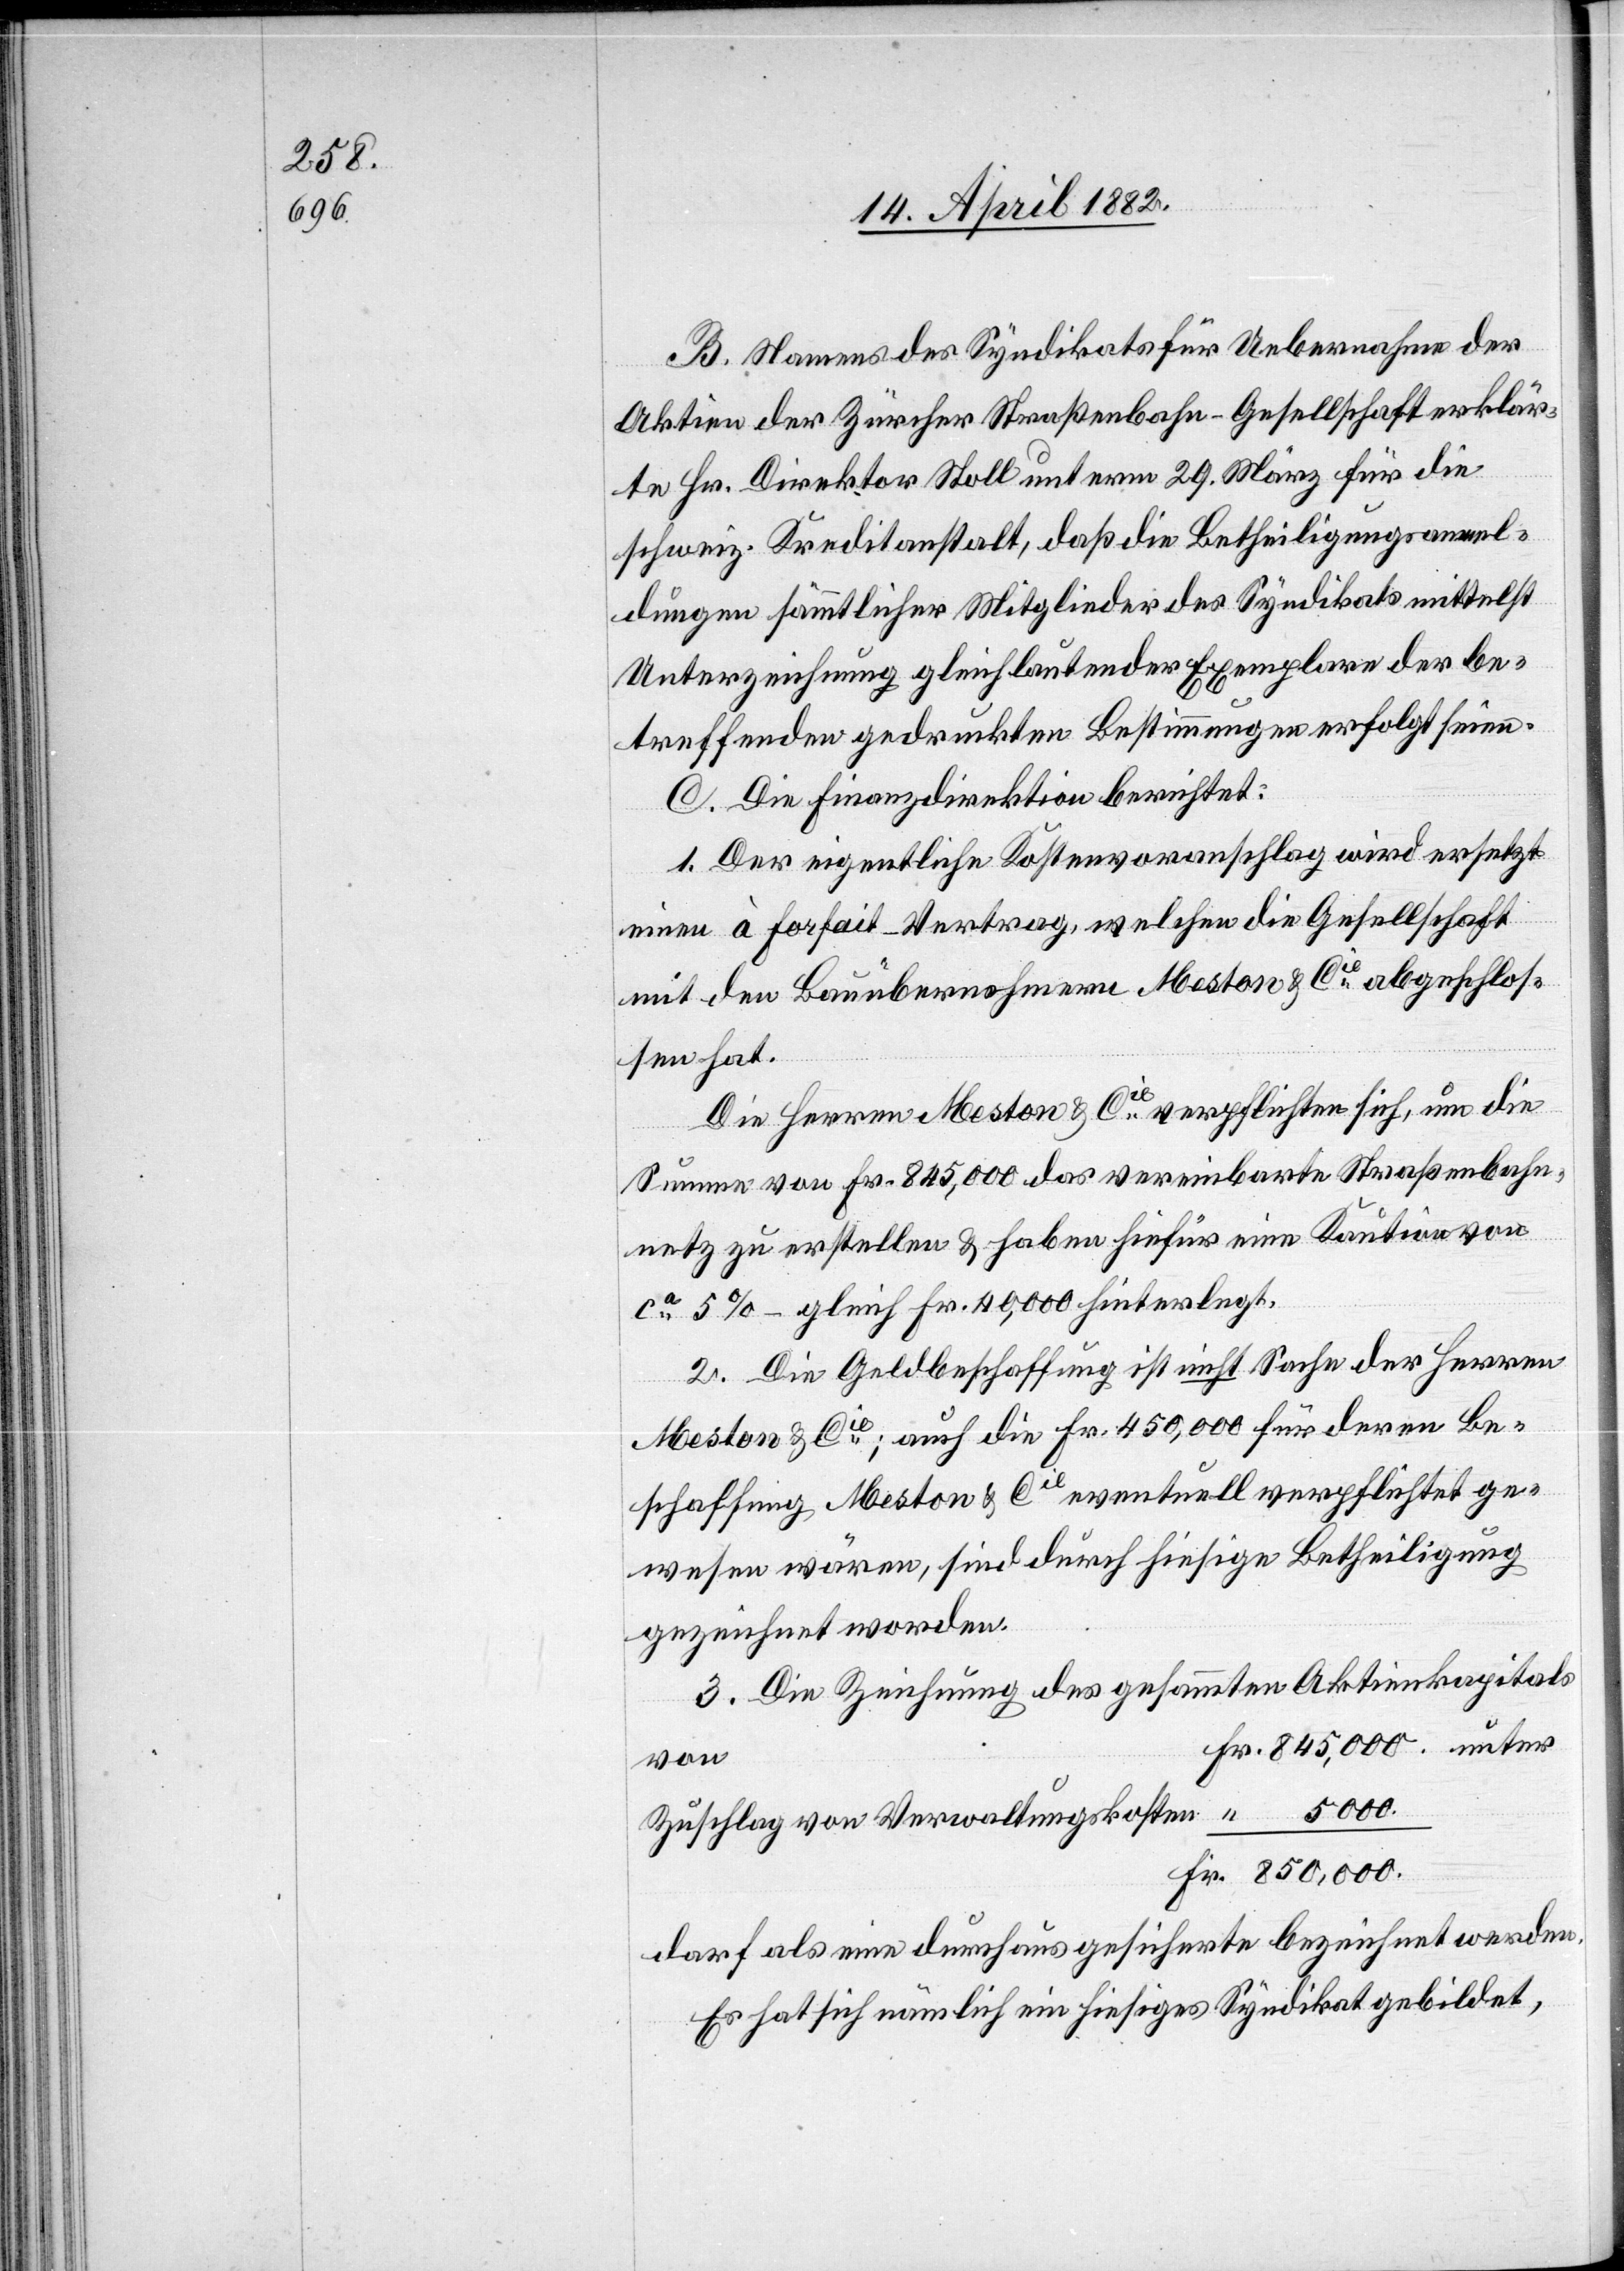
B. Namens des Syndikats für Uebernahme der
Aktien der Zürcher Straßenbahn-Gesellschaft erklär¬
te Hr. Direktor Stoll unterm 29. März für die
schweiz. Kreditanstalt, daß die Betheiligungsanmel¬
dungen sämmtlicher Mitglieder des Syndikats mittelst
Unterzeichnung gleichlautender Exemplare der be¬
treffenden gedruckten Bestimmungen erfolgt seien.
C. Die Finanzdirektion berichtet:
1. Der eigentliche Kostenvoranschlag wird ersetzt
einen à Forfait-Vertrag, welchen die Gesellschaft
mit den Bauübernehmern Meston & Cie abgeschlos¬
sen hat.
Die Herren Meston & Cie verpflichten sich, um die
Summe von Fr. 845,000 das vereinbarte Straßenbahn¬
netz zu erstellen & haben hiefür eine Kaution von
ca 5% – gleich Fr. 40,000 hinterlegt.
2. Die Geldbeschaffung ist nicht Sache der Herren
Meston & Cie; auch die Fr. 450,000 für deren Be¬
schaffung Meston & Cie eventuell verpflichtet ge¬
wesen wären, sind durch hiesige Betheiligung
gezeichnet worden.
3. Die Zeichnung des gesammten Aktienkapitals
von
Fr. 850,000.
darf als eine durchaus gesicherte bezeichnet werden.
Es hat sich nämlich ein hiesiges Syndikat gebildet,